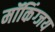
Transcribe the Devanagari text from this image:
मॉकिंग्जय